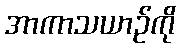
အာကာသယာဉ်ကို